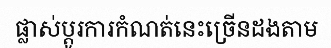
ផ្លាស់ប្តូរការកំណត់នេះច្រើនដងតាម